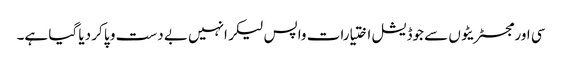
سی اور مجسٹریٹوں سے جوڈیشل اختیارات واپس لیکر انہیں بے دست و پا کر دیا گیا ہے۔